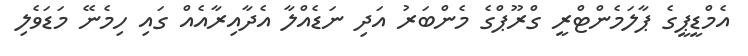
އެމްޑީޕީގެ ޕާލަމެންޓްރީ ގްރޫޕްގެ މެންބަރު އަދި ނަޑެއްލާ އެދާއިރާއެއް ގައި ހިމެނޭ މަޑަވެލި